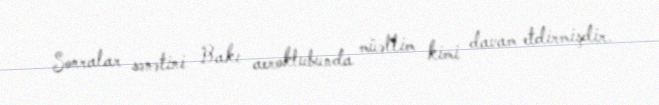
Sonralar sənətini Bakı aeroklubunda müəllim kimi davam etdirmişdir.